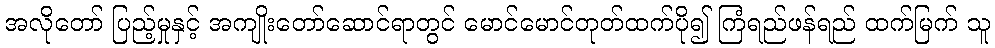
အလိုတော် ပြည့်မှုနှင့် အကျိုးတော်ဆောင်ရာတွင် မောင်မောင်တုတ်ထက်ပို၍ ကြံရည်ဖန်ရည် ထက်မြက် သူ